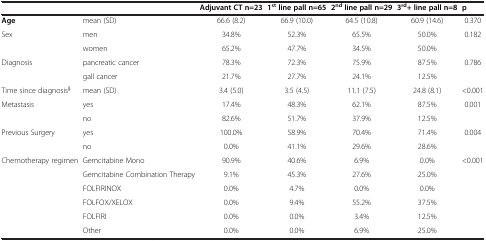
<table><thead><tr><td><b> </b></td><td><b> </b></td><td><b>Adjuvant CT n=23</b></td><td><b>1<sup>st</sup>line pall n=65</b></td><td><b>2<sup>nd</sup>line pall n=29</b></td><td><b>3<sup>rd</sup>+ line pall n=8</b></td><td><b>p</b></td></tr></thead><tbody><tr><td><b>Age</b></td><td>mean (SD)</td><td>66.6 (8.2)</td><td>66.9 (10.0)</td><td>64.5 (10.8)</td><td>60.9 (14.6)</td><td>0.370</td></tr><tr><td>Sex</td><td>men</td><td>34.8%</td><td>52.3%</td><td>65.5%</td><td>50.0%</td><td>0.182</td></tr><tr><td> </td><td>women</td><td>65.2%</td><td>47.7%</td><td>34.5%</td><td>50.0%</td><td> </td></tr><tr><td>Diagnosis</td><td>pancreatic cancer</td><td>78.3%</td><td>72.3%</td><td>75.9%</td><td>87.5%</td><td>0.786</td></tr><tr><td> </td><td>gall cancer</td><td>21.7%</td><td>27.7%</td><td>24.1%</td><td>12.5%</td><td> </td></tr><tr><td>Time since diagnosis<sup>§</sup></td><td>mean (SD)</td><td>3.4 (5.0)</td><td>3.5 (4.5)</td><td>11.1 (7.5)</td><td>24.8 (8.1)</td><td>&lt;0.001</td></tr><tr><td>Metastasis</td><td>yes</td><td>17.4%</td><td>48.3%</td><td>62.1%</td><td>87.5%</td><td>0.001</td></tr><tr><td> </td><td>no</td><td>82.6%</td><td>51.7%</td><td>37.9%</td><td>12.5%</td><td> </td></tr><tr><td>Previous Surgery</td><td>yes</td><td>100.0%</td><td>58.9%</td><td>70.4%</td><td>71.4%</td><td>0.004</td></tr><tr><td> </td><td>no</td><td>0.0%</td><td>41.1%</td><td>29.6%</td><td>28.6%</td><td> </td></tr><tr><td>Chemotherapy regimen</td><td>Gemcitabine Mono</td><td>90.9%</td><td>40.6%</td><td>6.9%</td><td>0.0%</td><td>&lt;0.001</td></tr><tr><td> </td><td>Gemcitabine Combination Therapy</td><td>9.1%</td><td>45.3%</td><td>27.6%</td><td>25.0%</td><td> </td></tr><tr><td> </td><td>FOLFIRINOX</td><td>0.0%</td><td>4.7%</td><td>0.0%</td><td>0.0%</td><td> </td></tr><tr><td> </td><td>FOLFOX/XELOX</td><td>0.0%</td><td>9.4%</td><td>55.2%</td><td>37.5%</td><td> </td></tr><tr><td> </td><td>FOLFIRI</td><td>0.0%</td><td>0.0%</td><td>3.4%</td><td>12.5%</td><td> </td></tr><tr><td> </td><td>Other</td><td>0.0%</td><td>0.0%</td><td>6.9%</td><td>25.0%</td><td> </td></tr></tbody></table>